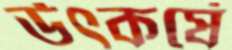
উৎকর্ষে